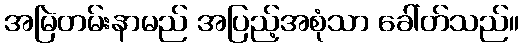
အမြဲတမ်းနာမည် အပြည့်အစုံသာ ခေါ်တ်သည်။